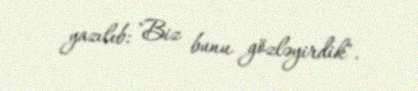
yazılıb: "Biz bunu gözləyirdik".